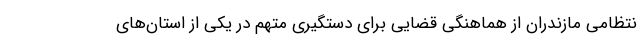
نتظامی مازندران از هماهنگی قضایی برای دستگیری متهم در یکی از استان‌های